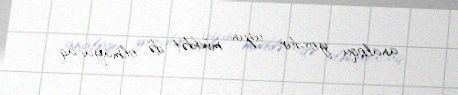
analoqu yoxdur, uzun müddət də olmayacaq.